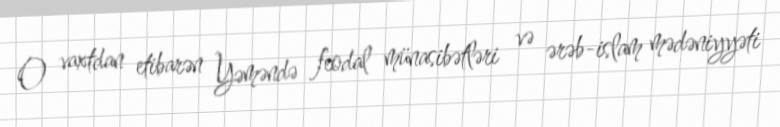
O vaxtdan etibarən Yəməndə feodal münasibətləri və ərəb-islam mədəniyyəti